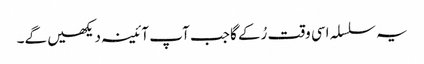
یہ سلسلہ اسی وقت رُکے گا جب آپ آئینہ دیکھیں گے۔